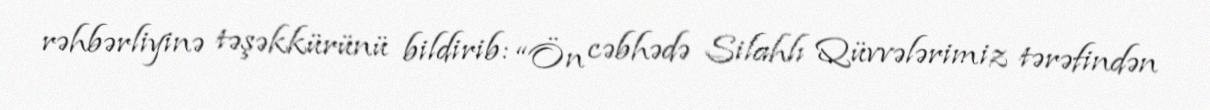
rəhbərliyinə təşəkkürünü bildirib: “Ön cəbhədə Silahlı Qüvvələrimiz tərəfindən